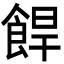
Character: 𩛧